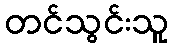
တင်သွင်းသူ